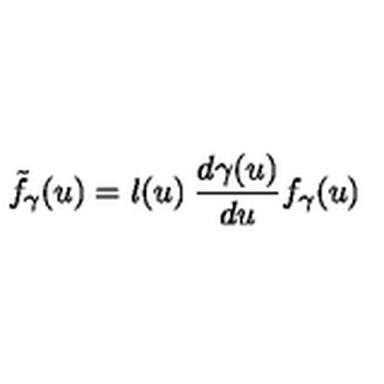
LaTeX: { \tilde { f } } _ { \gamma } ( u ) = l ( u ) \: \frac { d \gamma ( u ) } { d u } f _ { \gamma } ( u )